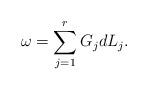
LaTeX: \begin{align*}\omega = \sum_{j=1}^r G_j dL_j.\end{align*}